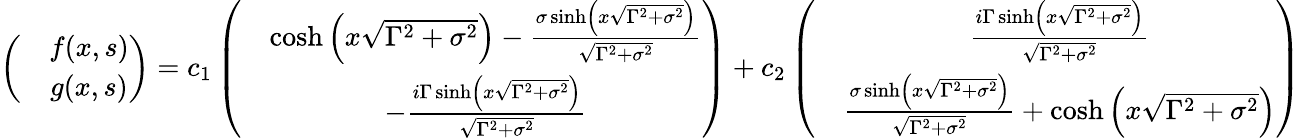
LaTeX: \left(\begin{array}{cc}&{f(x,s)}\\ &{g(x,s)}\end{array}\right)=c_{1}\left(\begin{array}{cc}&{\cosh\left(x\sqrt{\Gamma^{2}+\sigma^{2}}\right)-\frac{\sigma\sinh\left(x\sqrt{\Gamma^{2}+\sigma^{2}}\right)}{\sqrt{\Gamma^{2}+\sigma^{2}}}}\\ &{-\frac{i\Gamma\sinh\left(x\sqrt{\Gamma^{2}+\sigma^{2}}\right)}{\sqrt{\Gamma^{2}+\sigma^{2}}}}\end{array}\right)+c_{2}\left(\begin{array}{cc}&{\frac{i\Gamma\sinh\left(x\sqrt{\Gamma^{2}+\sigma^{2}}\right)}{\sqrt{\Gamma^{2}+\sigma^{2}}}}\\ &{\frac{\sigma\sinh\left(x\sqrt{\Gamma^{2}+\sigma^{2}}\right)}{\sqrt{\Gamma^{2}+\sigma^{2}}}+\cosh\left(x\sqrt{\Gamma^{2}+\sigma^{2}}\right)}\end{array}\right)